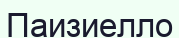
Паизиелло